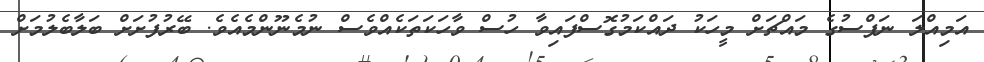
އަމިއްލަ ނަފްސުގެ މައްޗަށް މީހަކު ދައްކަމުގޮސްފައިވާ ހުސް ވާހަކަތަކެއްވެސް ނުމެނޫންމެއެވެ. ބޭރުފުށަށް ބަލާބެލުމަށް